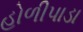
હોળીપાડા